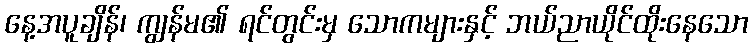
နေ့အပူချိန်၊ ကျွန်မ၏ ရင်တွင်းမှ သောကများနှင့် ဘယ်ညာယိုင်ထိုးနေသော